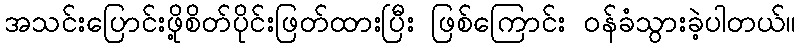
အသင်းပြောင်းဖို့စိတ်ပိုင်းဖြတ်ထားပြီး ဖြစ်ကြောင်း ဝန်ခံသွားခဲ့ပါတယ်။